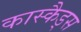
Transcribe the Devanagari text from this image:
कास्कैड्स